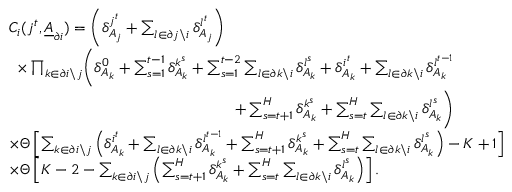
\begin{array} { r l } & { C _ { i } ( j ^ { t } , \underline { { A } } _ { \partial i } ) = \left( \delta _ { A _ { j } } ^ { j ^ { t } } + \sum _ { l \in \partial j \backslash i } \delta _ { A _ { j } } ^ { l ^ { t } } \right) } \\ & { \begin{array} { r } { \times \prod _ { k \in \partial i \backslash j } \Biggl ( \delta _ { A _ { k } } ^ { 0 } + \sum _ { s = 1 } ^ { t - 1 } \delta _ { A _ { k } } ^ { k ^ { s } } + \sum _ { s = 1 } ^ { t - 2 } \sum _ { l \in \partial k \backslash i } \delta _ { A _ { k } } ^ { l ^ { s } } + \delta _ { A _ { k } } ^ { i ^ { t } } + \sum _ { l \in \partial k \backslash i } \delta _ { A _ { k } } ^ { l ^ { t - 1 } } } \\ { + \sum _ { s = t + 1 } ^ { H } \delta _ { A _ { k } } ^ { k ^ { s } } + \sum _ { s = t } ^ { H } \sum _ { l \in \partial k \backslash i } \delta _ { A _ { k } } ^ { l ^ { s } } \Biggr ) } \end{array} } \\ & { \times \Theta \left[ \sum _ { k \in \partial i \backslash j } \left( \delta _ { A _ { k } } ^ { i ^ { t } } + \sum _ { l \in \partial k \backslash i } \delta _ { A _ { k } } ^ { l ^ { t - 1 } } + \sum _ { s = t + 1 } ^ { H } \delta _ { A _ { k } } ^ { k ^ { s } } + \sum _ { s = t } ^ { H } \sum _ { l \in \partial k \backslash i } \delta _ { A _ { k } } ^ { l ^ { s } } \right) - K + 1 \right] } \\ & { \times \Theta \left[ K - 2 - \sum _ { k \in \partial i \backslash j } \left( \sum _ { s = t + 1 } ^ { H } \delta _ { A _ { k } } ^ { k ^ { s } } + \sum _ { s = t } ^ { H } \sum _ { l \in \partial k \backslash i } \delta _ { A _ { k } } ^ { l ^ { s } } \right) \right] . } \end{array}